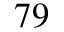
^ { 7 9 }